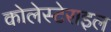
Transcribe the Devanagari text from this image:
कोलेस्टेराइल